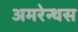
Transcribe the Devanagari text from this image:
अमरेन्थस